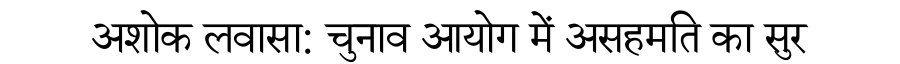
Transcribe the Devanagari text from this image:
अशोक लवासा: चुनाव आयोग में असहमति का सुर